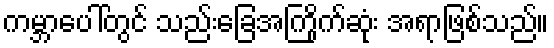
ကမ္ဘာပေါ်တွင် သည်းခြေအကြိုက်ဆုံး အရာဖြစ်သည်။